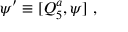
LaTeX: \psi ^ { \prime } \equiv [ Q _ { 5 } ^ { a } , \psi ] \ ,